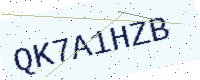
Text: QK7A1HZB